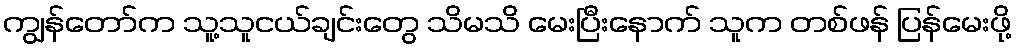
ကျွန်တော်က သူ့သူငယ်ချင်းတွေ သိမသိ မေးပြီးနောက် သူက တစ်ဖန် ပြန်မေးဖို့